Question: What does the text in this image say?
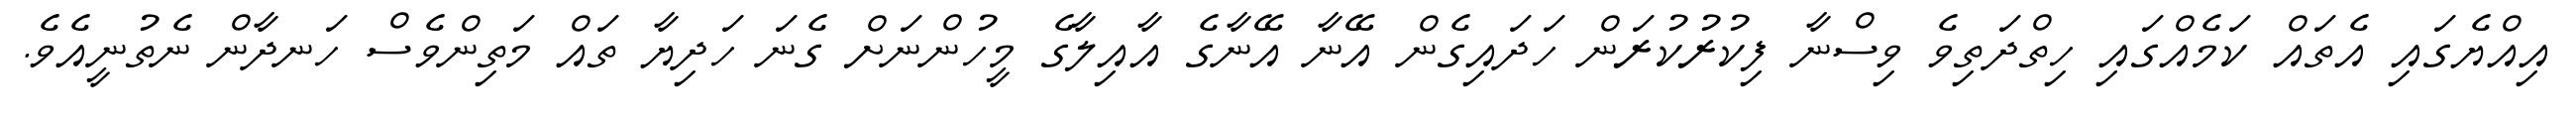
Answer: އިއްޔެގައި އެތައް ކަމެއްގައި ހިތްދަތިވެ ވިސްނާ ފިކުރުކުރަން ހަދައިގެން އޭނާ އޭނާގެ އާއިލާގެ މީހުންނަށް ގެނަ ހަދިޔާ ތައް މަތިންވެސް ހަނދާން ނެތުނީއެވެ.